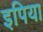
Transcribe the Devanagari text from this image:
इपिया